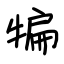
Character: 犏